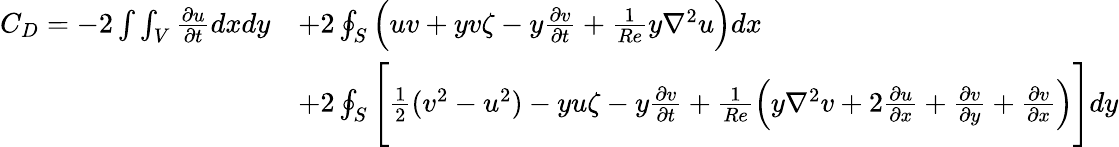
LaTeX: \begin{array}{rl}{C_{D}=-2\int\int_{V}\frac{\partial u}{\partial t}dxdy}&{+2\oint_{S}\Big(uv+yv\zeta-y\frac{\partial v}{\partial t}+\frac{1}{Re}y\nabla^{2}u\Big)dx}\\ &{+2\oint_{S}\Bigg[\frac{1}{2}(v^{2}-u^{2})-yu\zeta-y\frac{\partial v}{\partial t}+\frac{1}{Re}\Big(y\nabla^{2}v+2\frac{\partial u}{\partial x}+\frac{\partial v}{\partial y}+\frac{\partial v}{\partial x}\Big)\Bigg]dy}\end{array}